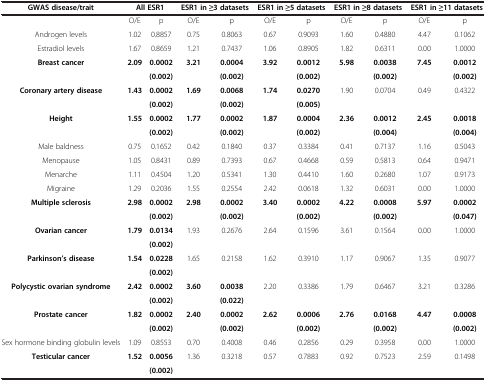
<table><thead><tr><td><b>GWAS disease/trait</b></td><td colspan="2"><b>All ESR1</b></td><td colspan="2"><b>ESR1 in ≥3 datasets</b></td><td colspan="2"><b>ESR1 in ≥5 datasets</b></td><td colspan="2"><b>ESR1 in ≥8 datasets</b></td><td colspan="2"><b>ESR1 in ≥11 datasets</b></td></tr></thead><tbody><tr><td> </td><td>O/E</td><td>p</td><td>O/E</td><td>p</td><td>O/E</td><td>p</td><td>O/E</td><td>p</td><td>O/E</td><td>p</td></tr><tr><td>Androgen levels</td><td>1.02</td><td>0.8857</td><td>0.75</td><td>0.8063</td><td>0.67</td><td>0.9093</td><td>1.60</td><td>0.4880</td><td>4.47</td><td>0.1062</td></tr><tr><td>Estradiol levels</td><td>1.67</td><td>0.8659</td><td>1.21</td><td>0.7437</td><td>1.06</td><td>0.8905</td><td>1.82</td><td>0.6311</td><td>0.00</td><td>1.0000</td></tr><tr><td rowspan="2"><b>Breast cancer</b></td><td rowspan="2"><b>2.09</b></td><td><b>0.0002</b></td><td><b>3.21</b></td><td><b>0.0004</b></td><td><b>3.92</b></td><td><b>0.0012</b></td><td><b>5.98</b></td><td><b>0.0038</b></td><td><b>7.45</b></td><td><b>0.0012</b></td></tr><tr><td><b>(0.002)</b></td><td> </td><td><b>(0.002)</b></td><td> </td><td><b>(0.002)</b></td><td> </td><td><b>(0.002)</b></td><td> </td><td><b>(0.002)</b></td></tr><tr><td rowspan="2"><b>Coronary artery disease</b></td><td rowspan="2"><b>1.43</b></td><td><b>0.0002</b></td><td><b>1.69</b></td><td><b>0.0068</b></td><td><b>1.74</b></td><td><b>0.0270</b></td><td>1.90</td><td>0.0704</td><td>0.49</td><td>0.4322</td></tr><tr><td><b>(0.002)</b></td><td> </td><td><b>(0.002)</b></td><td> </td><td><b>(0.005)</b></td><td> </td><td> </td><td> </td><td> </td></tr><tr><td rowspan="2"><b>Height</b></td><td rowspan="2"><b>1.55</b></td><td><b>0.0002</b></td><td><b>1.77</b></td><td><b>0.0002</b></td><td><b>1.87</b></td><td><b>0.0004</b></td><td><b>2.36</b></td><td><b>0.0012</b></td><td><b>2.45</b></td><td><b>0.0018</b></td></tr><tr><td><b>(0.002)</b></td><td> </td><td><b>(0.002)</b></td><td> </td><td><b>(0.002)</b></td><td> </td><td><b>(0.004)</b></td><td> </td><td><b>(0.004)</b></td></tr><tr><td>Male baldness</td><td>0.75</td><td>0.1652</td><td>0.42</td><td>0.1840</td><td>0.37</td><td>0.3384</td><td>0.41</td><td>0.7137</td><td>1.16</td><td>0.5043</td></tr><tr><td>Menopause</td><td>1.05</td><td>0.8431</td><td>0.89</td><td>0.7393</td><td>0.67</td><td>0.4668</td><td>0.59</td><td>0.5813</td><td>0.64</td><td>0.9471</td></tr><tr><td>Menarche</td><td>1.11</td><td>0.4504</td><td>1.20</td><td>0.5341</td><td>1.30</td><td>0.4410</td><td>1.60</td><td>0.2680</td><td>1.07</td><td>0.9173</td></tr><tr><td>Migraine</td><td>1.29</td><td>0.2036</td><td>1.55</td><td>0.2554</td><td>2.42</td><td>0.0618</td><td>1.32</td><td>0.6031</td><td>0.00</td><td>1.0000</td></tr><tr><td rowspan="2"><b>Multiple sclerosis</b></td><td rowspan="2"><b>2.98</b></td><td><b>0.0002</b></td><td><b>2.98</b></td><td><b>0.0002</b></td><td><b>3.40</b></td><td><b>0.0002</b></td><td><b>4.22</b></td><td><b>0.0008</b></td><td><b>5.97</b></td><td><b>0.0002</b></td></tr><tr><td><b>(0.002)</b></td><td> </td><td><b>(0.002)</b></td><td> </td><td><b>(0.002)</b></td><td> </td><td><b>(0.002)</b></td><td> </td><td><b>(0.047)</b></td></tr><tr><td rowspan="2"><b>Ovarian cancer</b></td><td rowspan="2"><b>1.79</b></td><td><b>0.0134</b></td><td>1.93</td><td>0.2676</td><td>2.64</td><td>0.1596</td><td>3.61</td><td>0.1564</td><td>0.00</td><td>1.0000</td></tr><tr><td><b>(0.002)</b></td><td> </td><td> </td><td> </td><td> </td><td> </td><td> </td><td> </td><td> </td></tr><tr><td rowspan="2"><b>Parkinson’s disease</b></td><td rowspan="2"><b>1.54</b></td><td><b>0.0228</b></td><td>1.65</td><td>0.2158</td><td>1.62</td><td>0.3910</td><td>1.17</td><td>0.9067</td><td>1.35</td><td>0.9077</td></tr><tr><td><b>(0.002)</b></td><td> </td><td> </td><td> </td><td> </td><td> </td><td> </td><td> </td><td> </td></tr><tr><td rowspan="2"><b>Polycystic ovarian syndrome</b></td><td rowspan="2"><b>2.42</b></td><td><b>0.0002</b></td><td><b>3.60</b></td><td><b>0.0038</b></td><td>2.20</td><td>0.3386</td><td>1.79</td><td>0.6467</td><td>3.21</td><td>0.3286</td></tr><tr><td><b>(0.002)</b></td><td> </td><td><b>(0.022)</b></td><td> </td><td> </td><td> </td><td> </td><td> </td><td> </td></tr><tr><td rowspan="2"><b>Prostate cancer</b></td><td rowspan="2"><b>1.82</b></td><td><b>0.0002</b></td><td><b>2.40</b></td><td><b>0.0002</b></td><td><b>2.62</b></td><td><b>0.0006</b></td><td><b>2.76</b></td><td><b>0.0168</b></td><td><b>4.47</b></td><td><b>0.0008</b></td></tr><tr><td><b>(0.002)</b></td><td> </td><td><b>(0.002)</b></td><td> </td><td><b>(0.002)</b></td><td> </td><td><b>(0.002)</b></td><td> </td><td><b>(0.002)</b></td></tr><tr><td>Sex hormone binding globulin levels</td><td>1.09</td><td>0.8553</td><td>0.70</td><td>0.4008</td><td>0.46</td><td>0.2856</td><td>0.29</td><td>0.3958</td><td>0.00</td><td>1.0000</td></tr><tr><td><b>Testicular cancer</b></td><td><b>1.52</b></td><td><b>0.0056</b></td><td>1.36</td><td>0.3218</td><td>0.57</td><td>0.7883</td><td>0.92</td><td>0.7523</td><td>2.59</td><td>0.1498</td></tr><tr><td> </td><td> </td><td><b>(0.002)</b></td><td> </td><td> </td><td> </td><td> </td><td> </td><td> </td><td> </td><td> </td></tr></tbody></table>